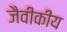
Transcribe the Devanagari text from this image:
जैवीकीय